Sanitation, dispensaries and jails vaccination Rajputana 1922-1927 - 1922-1927
Year: 1922
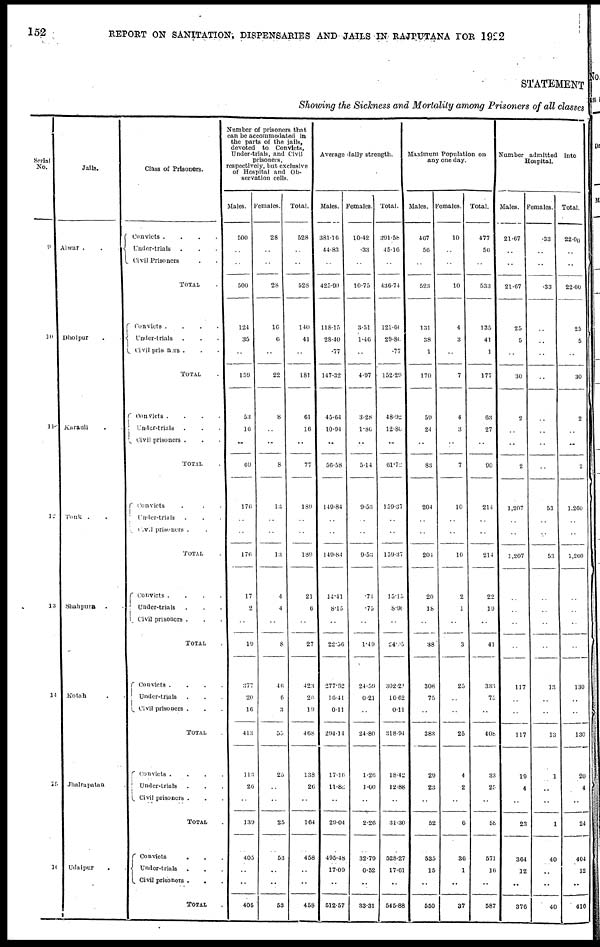
152
REPORT ON SANITATION, DISPENSARIES AND JAILS IN RAJPUTANA FOR 1922
STATEMENT
Showing the Sickness and Mortality among Prisoners of all classes
Serial
No.
9
10
11
12
13
14
15
10
Jails.
Alwar . . .
Dholpur . .
Karauli . .
Tonk . .
Shahpura . .
Kotah . .
Jhalrapatan .
Udaipur
.
Class of Prisoners.
Convicts .
.
.
.
Under-trials . . .
Civil Prisoners . .
TOTAL .
Convicts .
.
.
.
Under-trials . . .
Civil prisoners . . .
TOTAL .
Convicts .
.
.
.
Under-trials . . .
Civil prisoners . . .
TOTAL .
Convicts . . .
Under-trials . . .
Civil prisoners . .
TOTAL .
Convicts .
.
.
.
Under-trials . . .
Civil prisoners . . .
TOTAL .
Convicts .
.
.
.
Under-trials . . .
Civil prisoners . . .
TOTAL .
Convicts .
.
.
.
Under-trials . . .
Civil prisoners . . .
TOTAL .
Convicts . . .
Under-trials
. . .
Civil prisoners . . .
TOTAL
Number of prisoners that
can be accommodated in
the parts of the jails,
devoted to Convicts,
Under-trials, and Civil
prisoners,
respectively, but exclusive
of Hospital and Ob-
servation cells.
Males.
500
..
..
500
124
35
..
159
53
16
..
69
176
..
..
176
17
2
..
10
377
20
16
413
113
26
..
139
405
..
..
405
Females.
28
..
..
28
10
6
..
22
8
..
..
8
13
..
..
13
4
4
..
8
46
6
3
55
25
..
..
25
53
..
..
53
Total.
528
..
..
528
140
41
..
181
61
16
..
77
189
..
..
189
21
6
..
27
423
20
19
468
138
20
..
164
458
..
..
458
Average daily strength.
Males.
381.16
44.83
..
425.99
118.15
28.40
.77
147.32
45.64
10.94
..
56.58
149.84
..
..
149.84
14.41
8.15
..
22.56
277.62
16.41
0.11
204.14
17.16
11.88
..
29.04
495.48
17.09
..
512.57
Females.
10.42
.33
..
10.75
3.51
1.46
4.97
3.28
1.86
..
5.14
9.53
..
..
9.53
.74
.75
..
1.49
24.59
0.21
..
24.80
1.26
1.00
..
2.26
32.79
0.52
..
33.31
Total.
391.58
45.16
..
436.74
121.60
29.80
.77
152.29
48.92
12.80
..
61.72
159.37
..
..
159.37
15.15
8.90
..
24.95
302.21
16.62
0.11
318.94
18.42
12.88
..
31.30
528.27
17.61
..
545.88
Maximum Population on
any one day.
Males.
467
56
..
523
131
38
1
170
59
24
..
83
204
..
..
204
20
18
..
38
308
75
..
383
29
23
..
52
535
15
..
550
Females.
10
..
..
10
4
3
..
7
4
3
..
7
10
..
..
10
2
1
..
3
25
..
..
25
4
2
..
6
36
1
..
37
Total.
477
56
..
533
135
41
1
177
63
27
..
90
214
..
..
214
22
19
..
41
333
75
..
408
33
25
..
58
571
16
..
587
Number admitted into
Hospital.
Males.
21.67
..
..
21.67
25
5
..
30
2
..
..
2
1,207
..
..
1,207
..
..
..
..
117
..
..
117
19
4
..
23
364
12
..
376
Females.
.33
..
..
.33
..
..
..
..
..
..
..
..
53
..
..
53
..
..
..
..
13
..
..
13
1
..
..
1
40
..
..
40
Total.
22.00
..
..
22.00
25
5
..
30
2
..
..
2
1,260
..
..
1,260
..
..
..
..
130
..
..
130
20
4
..
24
404
12
..
416